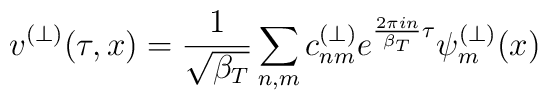
v^{(\perp)}(\tau,x) = \frac{1}{\sqrt{\beta_T}}\sum_{n,m} c_{nm}^{(\perp)}e^{\frac{2\pi in}{\beta_T}\tau}\psi_m^{(\perp)}(x)